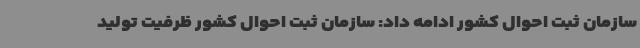
سازمان ثبت احوال کشور ادامه داد: سازمان ثبت احوال کشور ظرفیت تولید